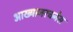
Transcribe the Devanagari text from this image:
आख्यानरचनेस